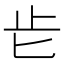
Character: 𣥅